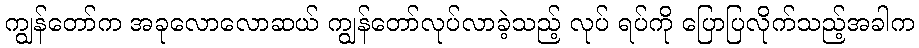
ကျွန်တော်က အခုလောလောဆယ် ကျွန်တော်လုပ်လာခဲ့သည့် လုပ် ရပ်ကို ပြောပြလိုက်သည့်အခါက